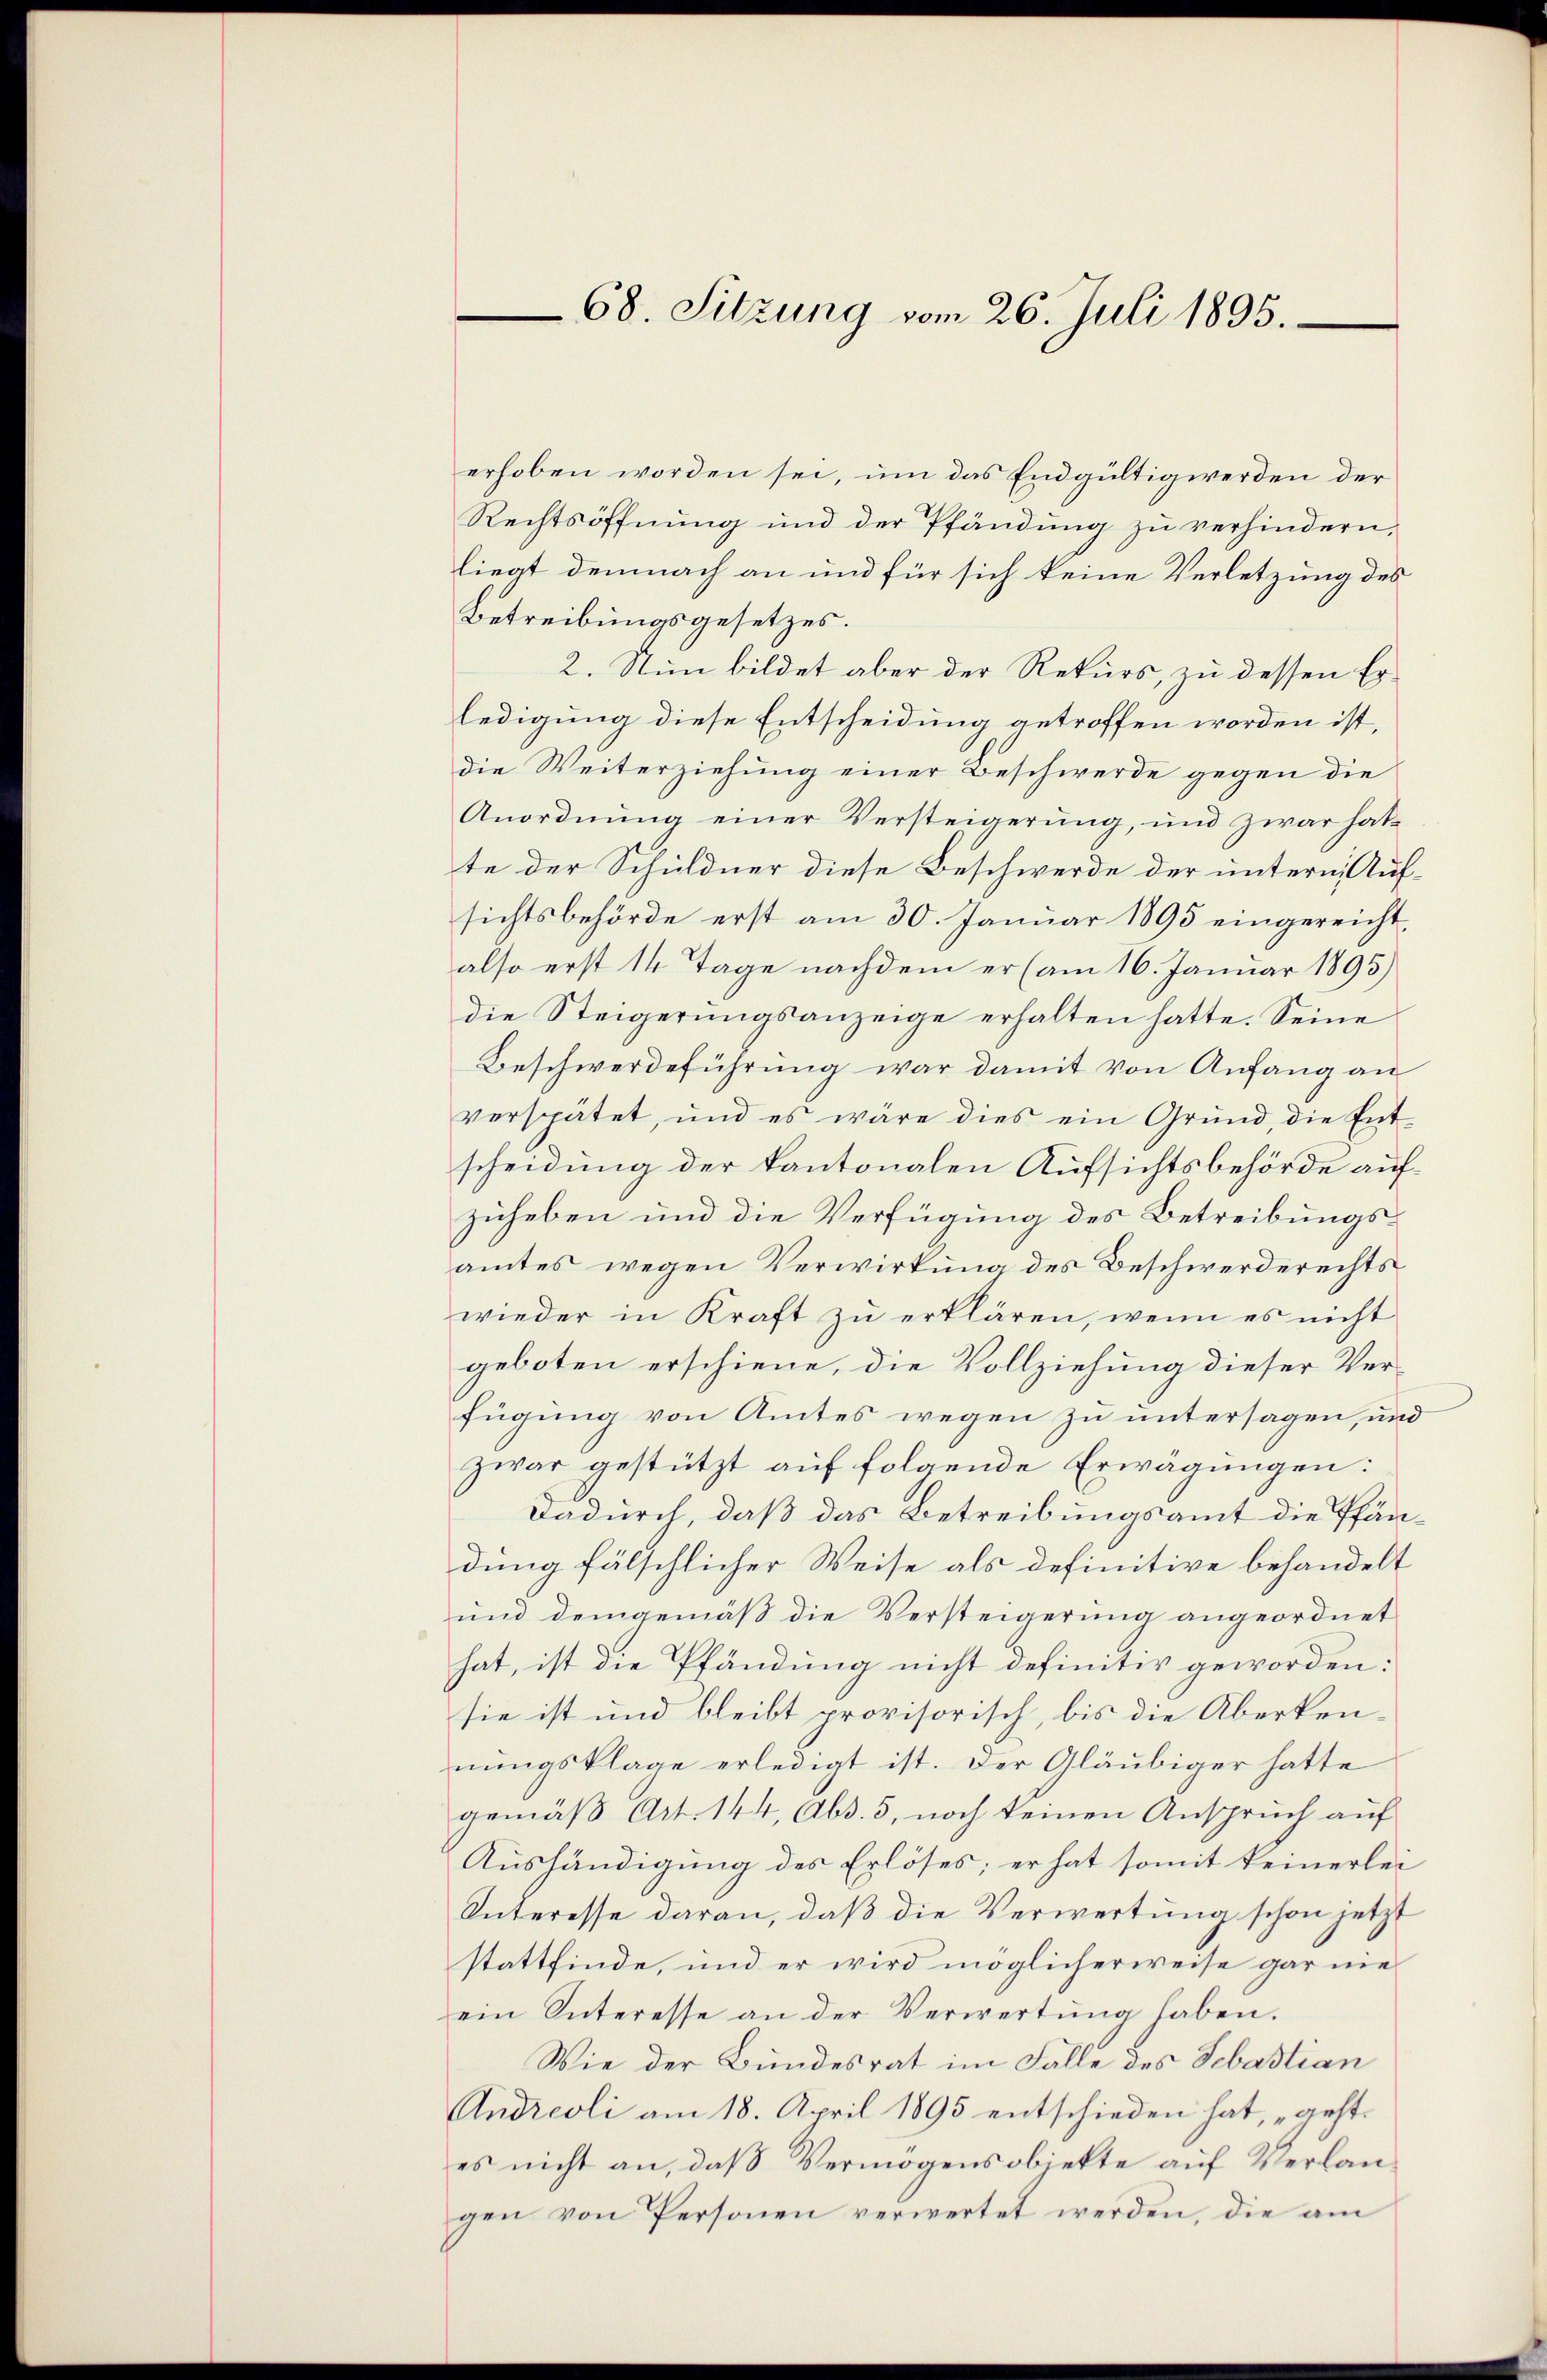
68. Sitzung vom 26. Juli 1895.

erhoben worden sei, um das Endgültig werden der
Rechtsöffnung und der Pfändung zu verhindern,
liegt demnach an und für sich keine Verletzung des
Betreibungsgesetzes.
2. Nun bildet aber der Rekurs, zu dessen Erledigung diese Entscheidung getroffen worden ist,
die Weiterziehung einer Beschwerde gegen die
Anordnung einer Versteigerung, und zwar hatte der Schuldner diese Beschwerde der unterm Aufsichtsbehörde erst am 30. Januar 1895 eingereicht,
also erst 14 Tage nachdem er (am 16. Januar 1895)
die Steigerungsanzeige erhalten hatte. Seine
Beschwerdeführung war damit von Anfang an
verspätet, und es wäre dies ein Grund, die Ent-
scheidung der kantonalen Aufsichtsbehörde aufzuheben und die Verfügung des Betreibungsamtes wegen Verwirkung des Beschwerderechts
wieder in Kraft zu erklären, wenn es nicht
geboten erschiene, die Vollziehung dieser Verfügung von Amtes wegen zu untersagen, und
zwar gestützt auf folgende Erwägungen:
Dadurch, daß das Betreibungsamt die Pfändung fälschlicher Weise als definitive behandelt
und demgemäß die Versteigerung angeordnet
hat, ist die Pfändung nicht definitiv geworden:
sie ist und bleibt provisorisch, bis die Aberkennungsklage erledigt ist. Der Gläubiger hatte
gemäß Art. 144, Abs. 5, noch keinen Anspruch auf
Aushändigung des Erlöses; er hat somit keinerlei
Interesse daran, daß die Verwertung schon jetzt
stattfinde, und er wird möglicherweise gar nieein Interesse an der Verwertŭng haben.
Wie der Bundesrat im Falle des Sebastian
Andreoli am 18. April 1895 entschieden hat, geht.
es nicht an, daß Vermögensobierte auf Verlangen von Personen verwertet werden, die am